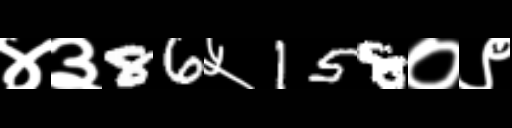
Text: ४३86५158०९